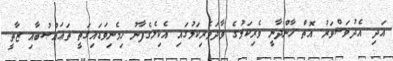
އަދި އެދުވަސްވަރު އޮތް ޚާންދާނީ ވެރިކަމުގެ ވާދަވެރިކަމުގައި އެކިލެގެފާނު ހިމެނިވަޑައިގަތީ ތަޢައްޞުބާއި ޒާތީ